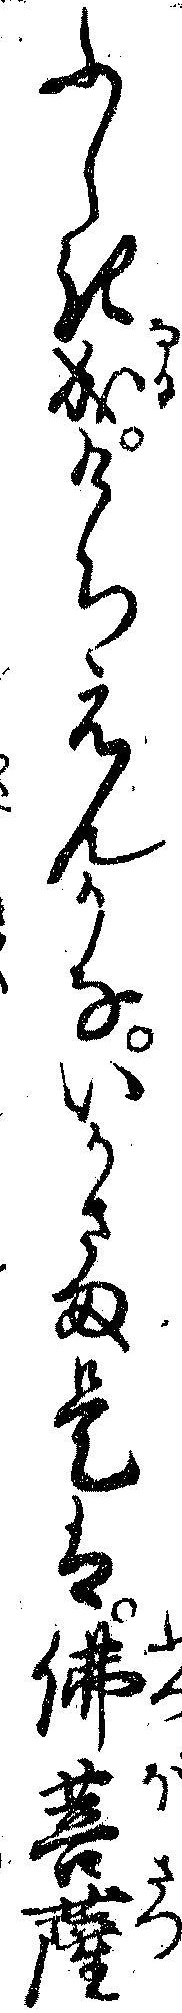
ふしき成けちえんかないかさま是は仏菩薩